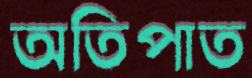
অতিপাত